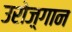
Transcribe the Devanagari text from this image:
उरोज़्गान